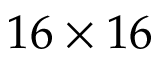
1 6 \times 1 6